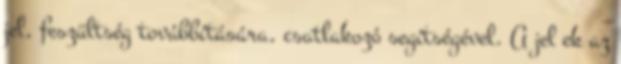
jel, feszültség továbbítására, csatlakozó segítségével. A jel ek az